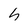
Character: h